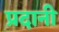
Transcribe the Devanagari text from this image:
प्रदानी